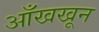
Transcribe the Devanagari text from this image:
आँखखून